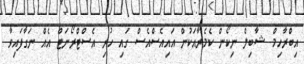
އިބްރާހިމް ޝާބިލް ނިކޯން ކެމެރާއަކުން އައިއެސްއެސް ގައި ހުރި އެސްޓްރޯނަޓް އެއް ނަގާފައިވާ